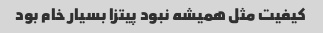
کیفیت مثل همیشه نبود پیتزا بسیار خام بود